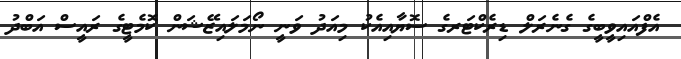
އެފްއައިވީބީގެ ގެނެރަލް ޑިރެކްޓަރގެ ސޮޔާއިއެކު މިއަދު ވަނީ ނޯމަލައިޒޭޝަން ކޮމެޓީގެ ރައީސް އަބްދު